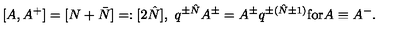
[ A , A ^ { + } ] = [ N + \bar { N } ] = : [ 2 \hat { N } ] , \ q ^ { \pm \hat { N } } A ^ { \pm } = A ^ { \pm } q ^ { \pm ( \hat { N } \pm 1 ) } \mathrm { f o r } A \equiv A ^ { - } .